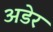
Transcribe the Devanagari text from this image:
अडेर